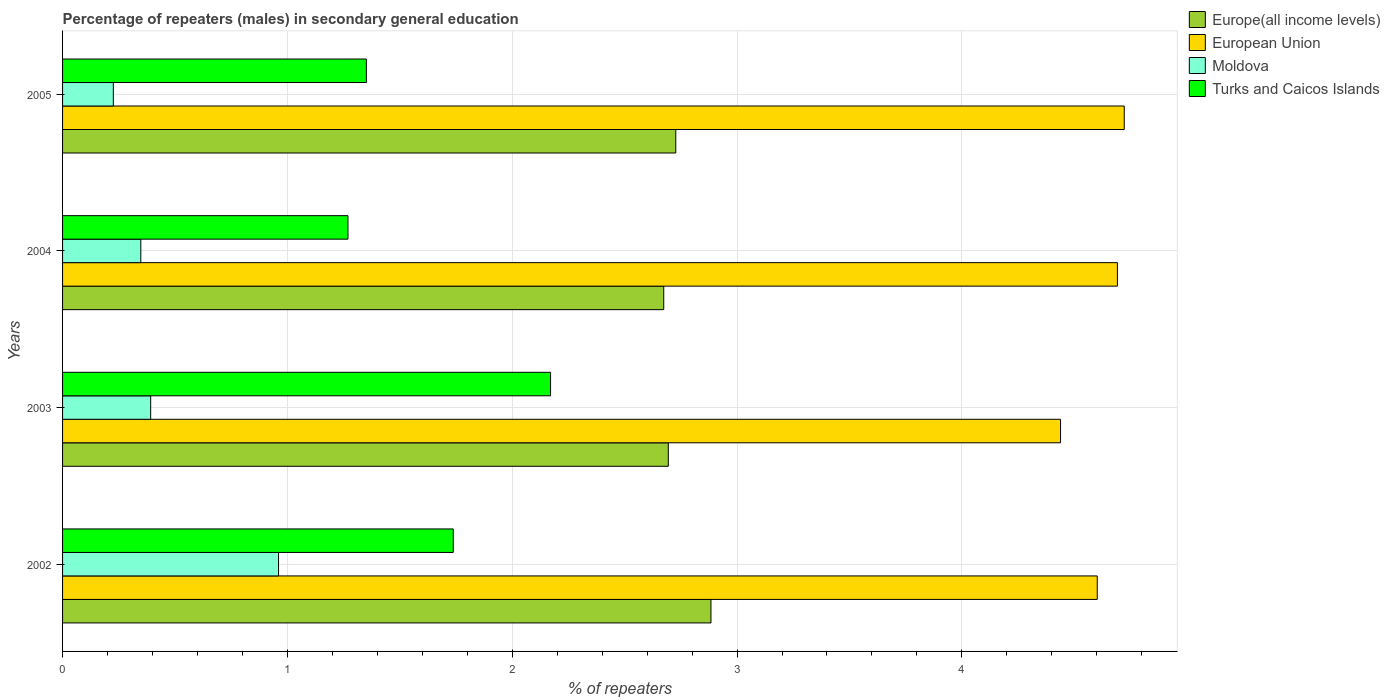
| Years | Europe(all income levels) | European Union | Moldova | Turks and Caicos Islands |
 | --- | --- | --- | --- | --- |
 | 2002 | 2.88 | 4.6 | 0.961 | 1.74 |
 | 2003 | 2.69 | 4.44 | 0.392 | 2.17 |
 | 2004 | 2.67 | 4.69 | 0.348 | 1.27 |
 | 2005 | 2.73 | 4.72 | 0.226 | 1.35 |